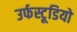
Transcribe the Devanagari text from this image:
उर्फस्टूडियो